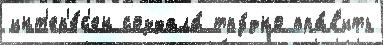
инт'ер'е́с'ен создала́ тру́дно пра́в'ить